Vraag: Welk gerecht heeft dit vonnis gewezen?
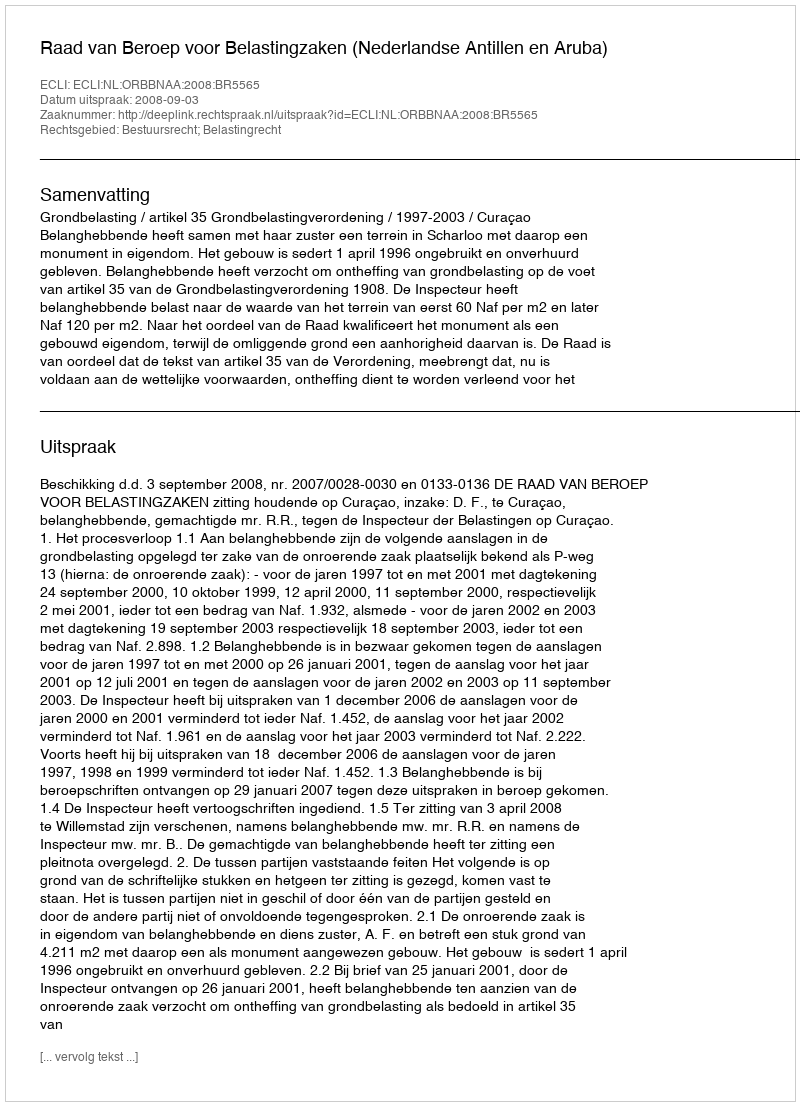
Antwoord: Raad van Beroep voor Belastingzaken (Nederlandse Antillen en Aruba)